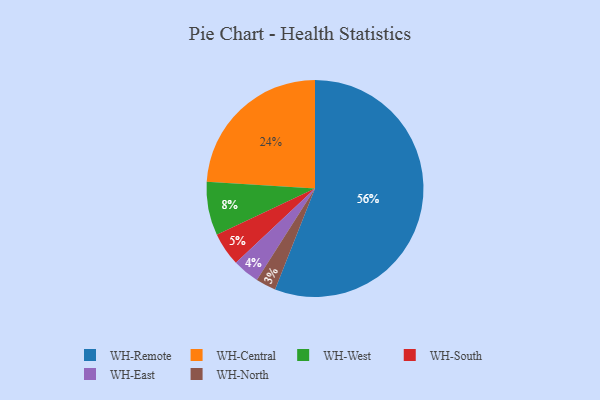
{"axis": {"x": "Category", "y": "Percentage"}, "legend": ["WH-Central", "WH-East", "WH-North", "WH-Remote", "WH-South", "WH-West"], "data": [{"x": "WH-East", "y": 4, "type": "WH-East"}, {"x": "WH-Remote", "y": 56, "type": "WH-Remote"}, {"x": "WH-West", "y": 8, "type": "WH-West"}, {"x": "WH-Central", "y": 24, "type": "WH-Central"}, {"x": "WH-South", "y": 5, "type": "WH-South"}, {"x": "WH-North", "y": 3, "type": "WH-North"}]}